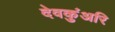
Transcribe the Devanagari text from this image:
देवकुंअरि